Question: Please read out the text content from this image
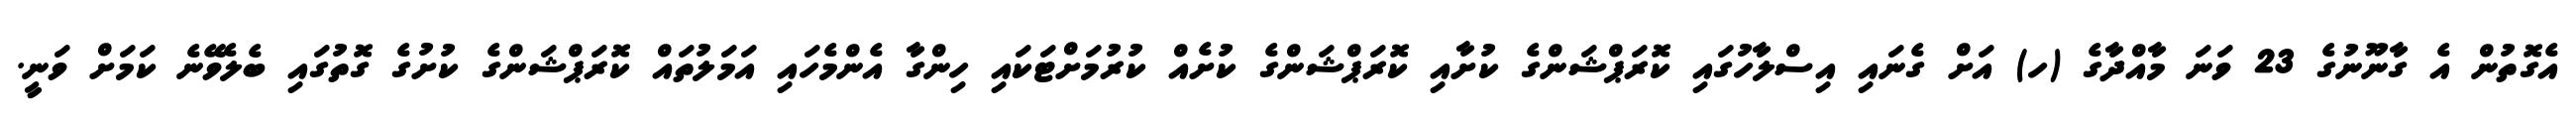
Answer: އެގޮތުން އެ ގާނޫނުގެ 23 ވަނަ މާއްދާގެ (ހ) އަށް ގެނައި އިސްލާހުގައި ކޮރަޕްޝަންގެ ކުށާއި ކޮރަޕްޝަންގެ ކުށެއް ކުރުމަށްޓަކައި ހިންގާ އެންމެހައި އަމަލުތައް ކޮރަޕްޝަންގެ ކުށުގެ ގޮތުގައި ބެލެވޭނެ ކަމަށް ވަނީ.